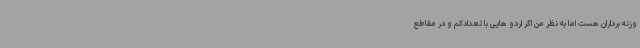
وزنه برداران هست اما به نظر من اگر اردو هایی با تعدادکم و در مقاطع